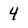
Character: 4